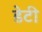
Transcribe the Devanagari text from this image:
डेटी